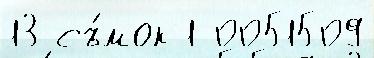
13 съ́мок 1 0051509